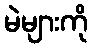
မဲများကို